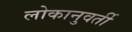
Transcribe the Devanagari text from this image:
लोकानुवर्ती